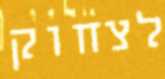
לצחוק